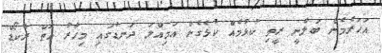
އަހަރެމެން ބަލާނީ ރީތި ކުޅުމެއް ކުޅެގެން އަމިއްލަ ދަނޑުގައި މިހާރު އޮތް ރެކޯޑް